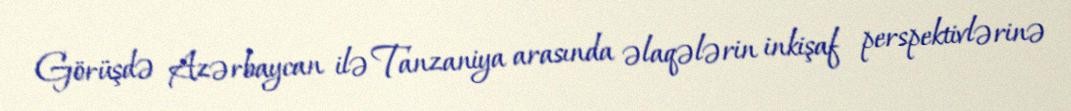
Görüşdə Azərbaycan ilə Tanzaniya arasında əlaqələrin inkişaf perspektivlərinə